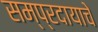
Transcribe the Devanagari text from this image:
सम्प्रदायाचे